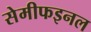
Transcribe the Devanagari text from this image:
सेमीफइनल